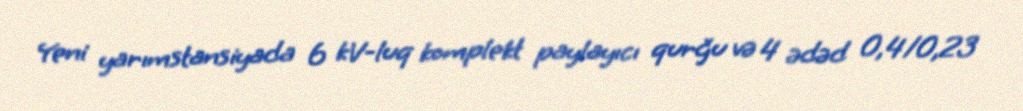
Yeni yarımstansiyada 6 kV-luq komplekt paylayıcı qurğu və 4 ədəd 0,4/0,23